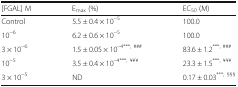
| [FGAL] M | Emax (%) | EC50 (M) |
 | --- | --- | --- |
 | Control | 5.5 ± 0.4 × 10−5 | 100.0 |
 | 10−6 | 6.2 ± 0.6 × 10−5 | 100.0 |
 | 3 × 10−6 | 1.5 ± 0.05 × 10–4***, ### | 83.6 ± 1.2***, ### |
 | 10−5 | 3.5 ± 0.4 × 10–4***, ¥¥¥ | 23.3 ± 1.5***, ¥¥¥ |
 | 3 × 10−5 | ND | 0.17 ± 0.03***, §§§ |